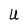
Character: U